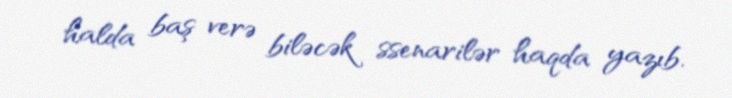
halda baş verə biləcək ssenarilər haqda yazıb.